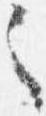
之